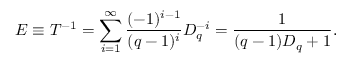
E \equiv T ^ { - 1 } = \sum _ { i = 1 } ^ { \infty } \frac { ( - 1 ) ^ { i - 1 } } { ( q - 1 ) ^ { i } } D _ { q } ^ { - i } = \frac 1 { ( q - 1 ) D _ { q } + 1 } .